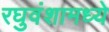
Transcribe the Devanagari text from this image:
रघुवंशामध्ये